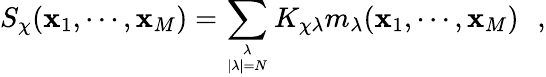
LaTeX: S_{\chi}(\mathbf{x}_{1},\cdots,\mathbf{x}_{M})=\sum_{\lambda\atop|\lambda|=N}K_{\chi\lambda}m_{\lambda}(\mathbf{x}_{1},\cdots,\mathbf{x}_{M})\, \, \, \, ,